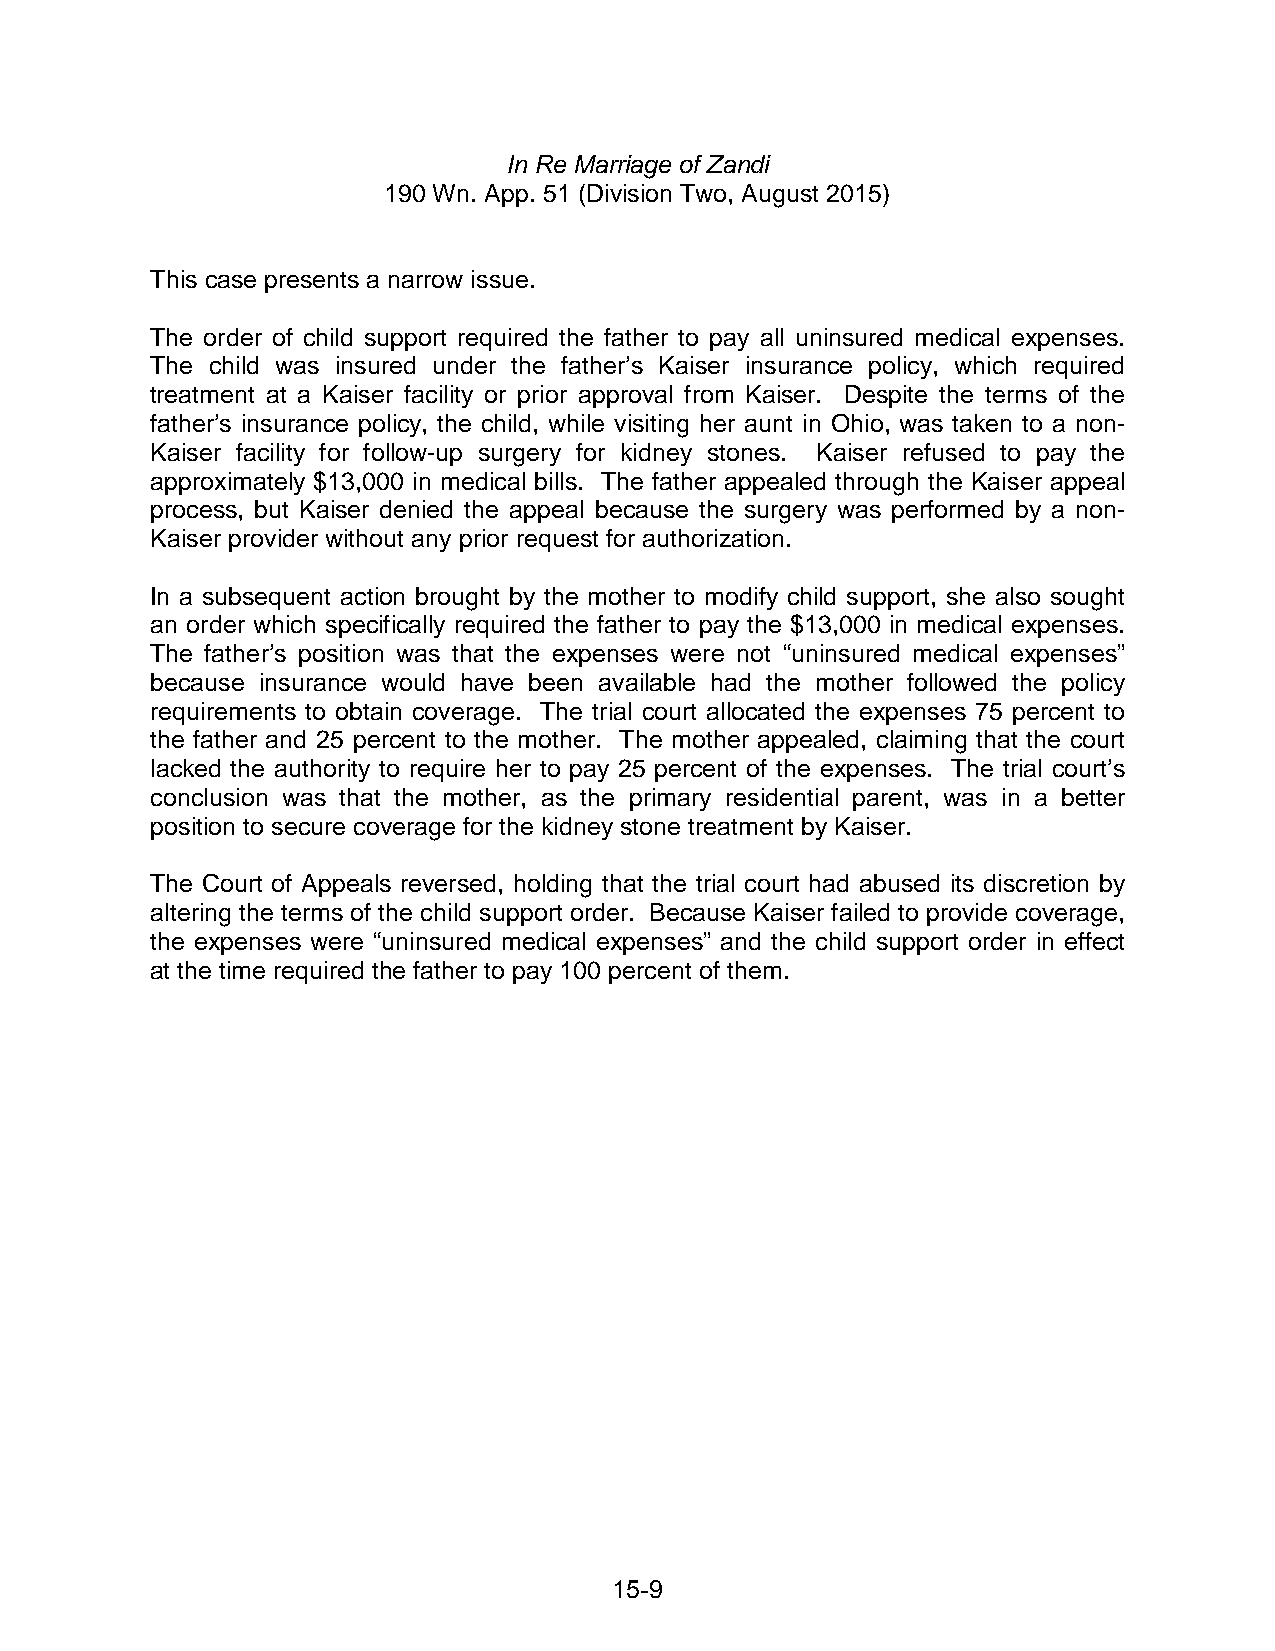
In Re Marriage of Zandi
 190 Wn. App. 51 (Division Two, August 2015)
 This case presents a narrow issue.
 The order of child support required the father to pay all uninsured medical expenses.
 The child was insured under the father’s Kaiser insurance policy, which required
 treatment at a Kaiser facility or prior approval from Kaiser. Despite the terms of the
 father’s insurance policy, the child, while visiting her aunt in Ohio, was taken to a non-
 Kaiser facility for follow-up surgery for kidney stones. Kaiser refused to pay the
 approximately $13,000 in medical bills. The father appealed through the Kaiser appeal
 process, but Kaiser denied the appeal because the surgery was performed by a non-
 Kaiser provider without any prior request for authorization.
 In a subsequent action brought by the mother to modify child support, she also sought
 an order which specifically required the father to pay the $13,000 in medical expenses.
 The father’s position was that the expenses were not “uninsured medical expenses”
 because insurance would have been available had the mother followed the policy
 requirements to obtain coverage. The trial court allocated the expenses 75 percent to
 the father and 25 percent to the mother. The mother appealed, claiming that the court
 lacked the authority to require her to pay 25 percent of the expenses. The trial court’s
 conclusion was that the mother, as the primary residential parent, was in a better
 position to secure coverage for the kidney stone treatment by Kaiser.
 The Court of Appeals reversed, holding that the trial court had abused its discretion by
 altering the terms of the child support order. Because Kaiser failed to provide coverage,
 the expenses were “uninsured medical expenses” and the child support order in effect
 at the time required the father to pay 100 percent of them.
 15-9